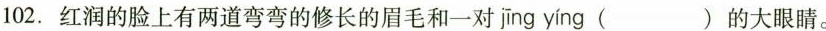
102.红润的脸上有两道弯弯的修长的眉毛和一对jīng yíng ( )的大眼睛。